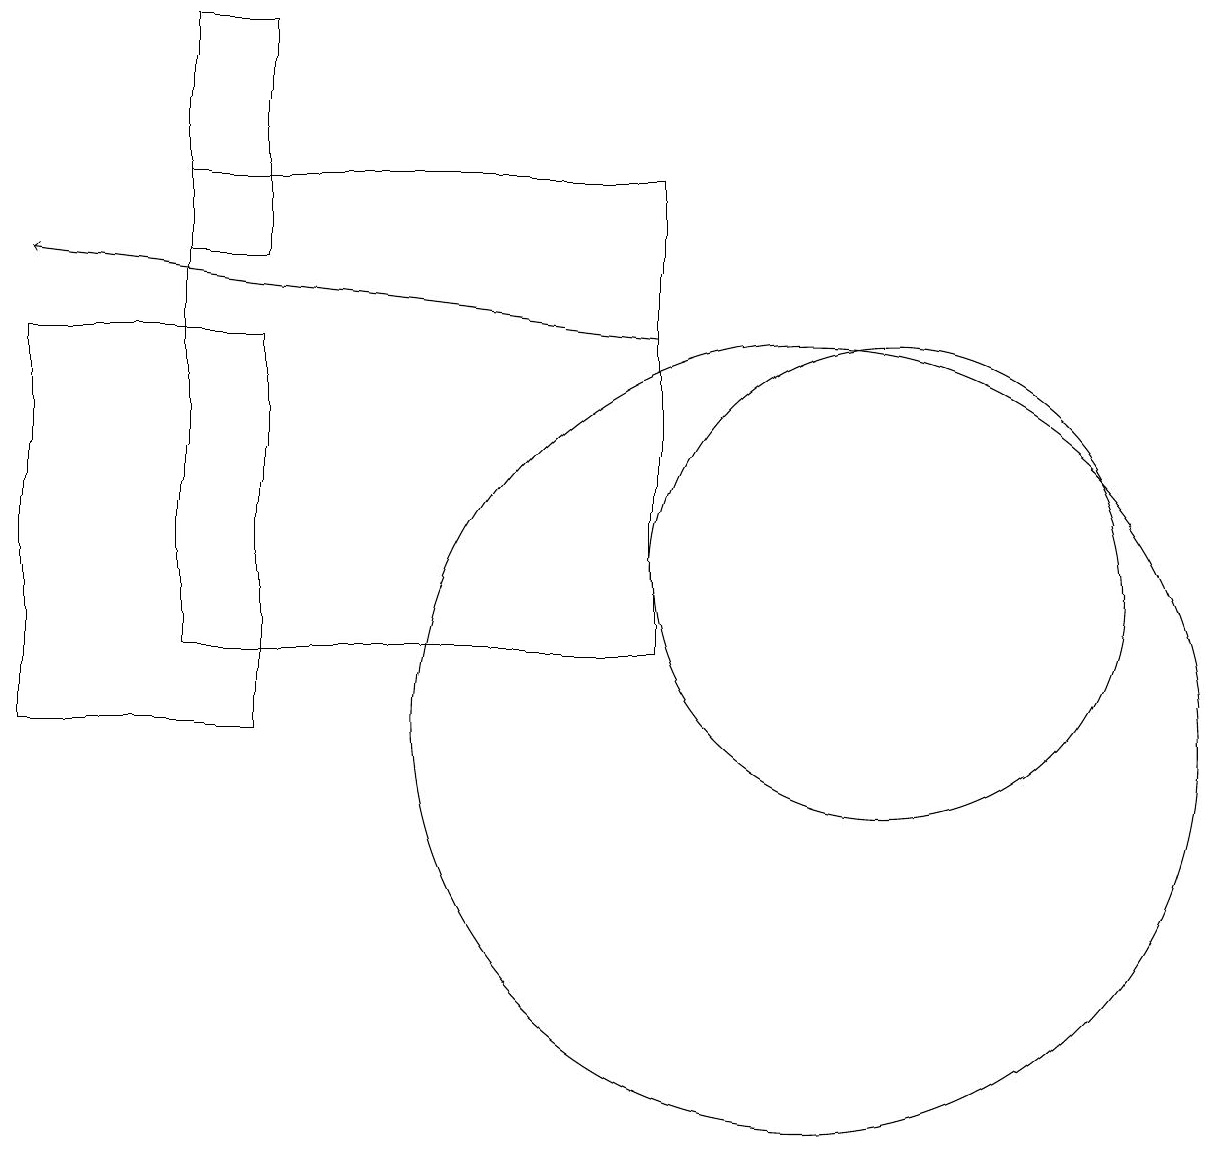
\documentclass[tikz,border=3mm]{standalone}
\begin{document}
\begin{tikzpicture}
\draw (2,16) rectangle (3,19);
\draw (0,10) rectangle (3,15);
\draw[->] (8,15) -- (0,16);
\draw (8,17) rectangle (2,11);
\draw (10,10) circle (5);
\draw (11,12) circle (3);
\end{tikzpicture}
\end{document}